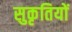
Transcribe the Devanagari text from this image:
सुकृतियों